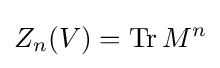
Z_{n}(V)={\mbox{Tr}}\,M^{n}